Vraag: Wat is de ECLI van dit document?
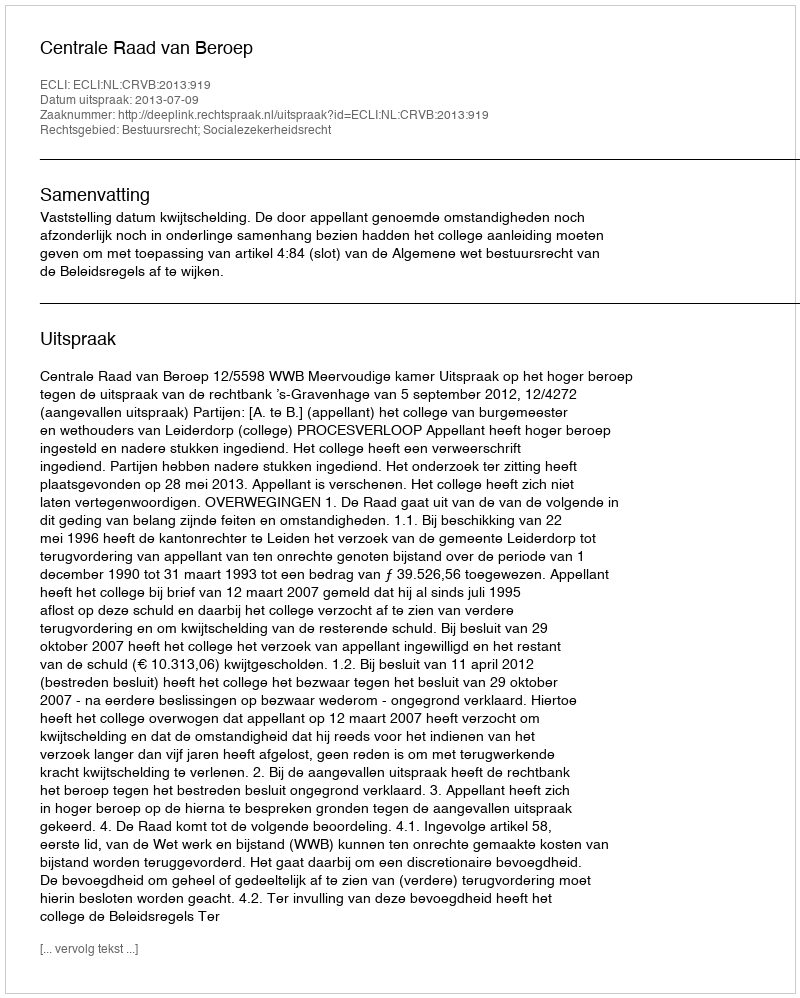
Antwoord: ECLI:NL:CRVB:2013:919